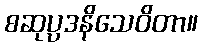
စဆုပ္ပဒနိသေဝိတာ။